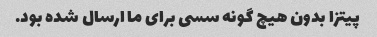
پیتزا بدون هیچ گونه سسی برای ما ارسال شده بود.